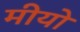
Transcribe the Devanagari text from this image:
मीयो